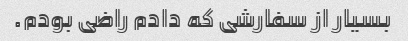
بسیار از سفارشی که دادم راضی بودم.